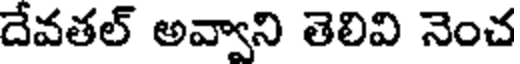
దేవతల్ అవ్వాని తెలివి నెంచ